Civil Veterinary Department Bihar & Orissa reports 1922-29 - 1922-1929
Year: 1922
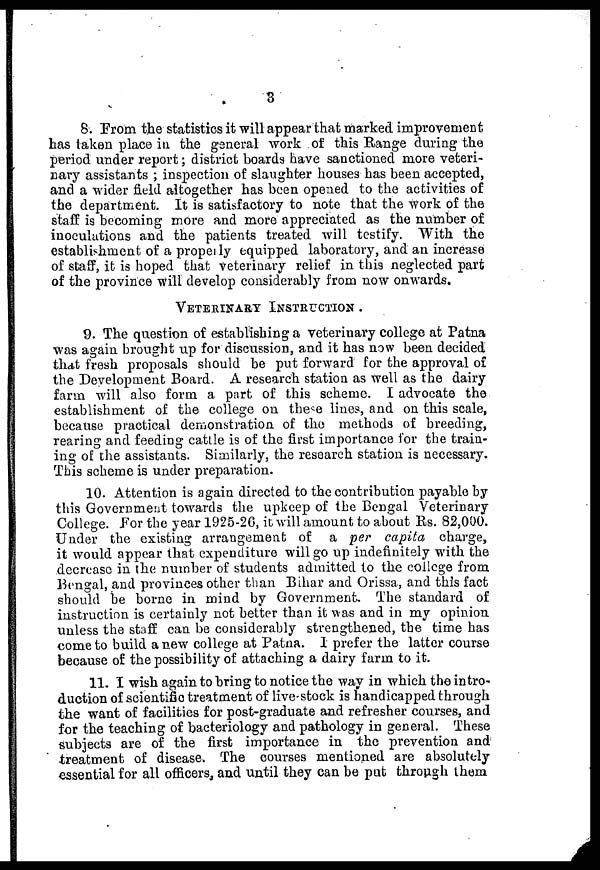
3
8. From the statistics it will appear that marked improvement
has taken place in the general work of this Range during the
period under report; district boards have sanctioned more veteri-
nary assistants ; inspection of slaughter houses has been accepted,
and a wider field altogether has been opened to the activities of
the department. It is satisfactory to note that the work of the
staff is becoming more and more appreciated as the number of
inoculations and the patients treated will testify. With the
establishment of a properly equipped laboratory, and an increase
of staff, it is hoped that veterinary relief in this neglected part
of the province will develop considerably from now onwards.
VETERINARY INSTRUCTION.
9. The question of establishing a veterinary college at Patna
was again brought up for discussion, and it has now been decided
that fresh proposals should be put forward for the approval of
the Development Board. A research station as well as the dairy
farm will also form a part of this scheme. I advocate the
establishment of the college on these lines, and on this scale,
because practical demonstration of the methods of breeding,
rearing and feeding cattle is of the first importance for the train-
ing of the assistants. Similarly, the research station is necessary.
This scheme is under preparation.
10. Attention is again directed to the contribution payable by
this Government towards the upkeep of the Bengal Veterinary
College. For the year 1925-26, it will amount to about Rs. 82,000.
Under the existing arrangement of a per capita charge,
it would appear that expenditure will go up indefinitely with the
decrease in the number of students admitted to the college from
Bengal, and provinces other than Bihar and Orissa, and this fact
should be borne in mind by Government. The standard of
instruction is certainly not better than it was and in my opinion
unless the staff can be considerably strengthened, the time has
come to build a new college at Patna. I prefer the latter course
because of the possibility of attaching a dairy farm to it.
11. I wish again to bring to notice the way in which the intro-
duction of scientific treatment of live-stock is handicapped through
the want of facilities for post-graduate and refresher courses, and
for the teaching of bacteriology and pathology in general. These
subjects are of the first importance in the prevention and
treatment of disease. The courses mentioned are absolutely
essential for all officers, and until they can be put through them